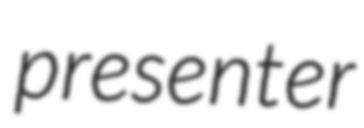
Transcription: presenter